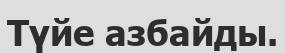
Түйе азбайды.